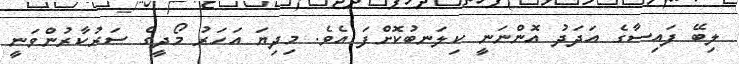
ލިބޭ ފައިސާގެ އަދަދު އޮންނަނީ ކިލަނބުކޮށްފަ އެވެ. މިދިޔަ އަހަރު މޯދީގެ ސަރުކާރުންވަނީ